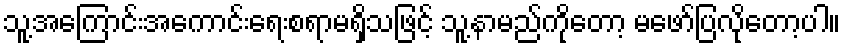
သူ့အကြောင်းအကောင်းရေးစရာမရှိသဖြင့် သူ့နာမည်ကိုတော့ မဖော်ပြလိုတော့ပါ။